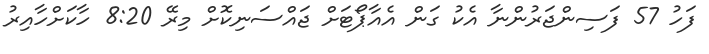
ފަހުު 57 ފަސިންޖަރުންނާ އެކު ގަން އެއާޕޯޓަށް ޖައްސަނިކޮށް މިރޭ 8:20 ހާކަށްހާއިރު